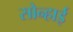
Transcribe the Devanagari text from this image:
सोन्हाई